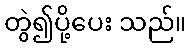
တွဲ၍ပို့ပေး သည်။